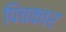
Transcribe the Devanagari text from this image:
पिचकार